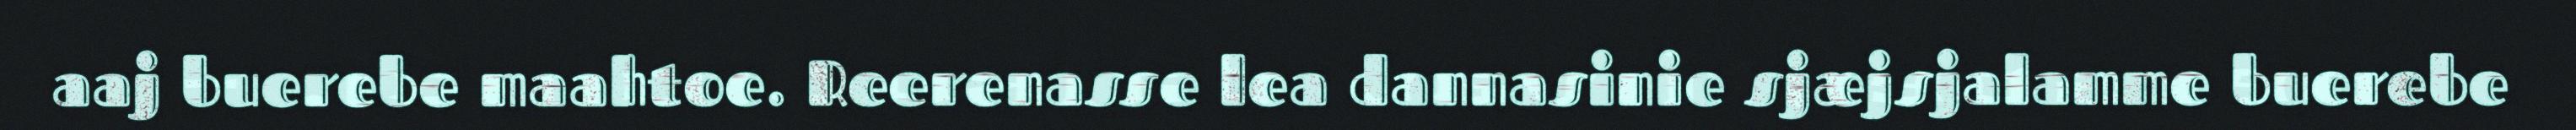
aaj buerebe maahtoe. Reerenasse lea dannasinie sjæjsjalamme buerebe